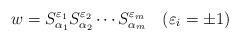
LaTeX: \begin{align*}w=S^{\varepsilon_1}_{\alpha_1}S^{\varepsilon_2}_{\alpha_2}\cdots S^{\varepsilon_m}_{\alpha_m}\quad(\varepsilon_i=\pm 1)\end{align*}